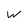
Character: w